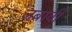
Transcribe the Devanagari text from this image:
जबावी